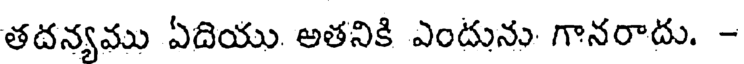
తదన్యము ఏదియు అతనికి ఎందును గానరాదు. -